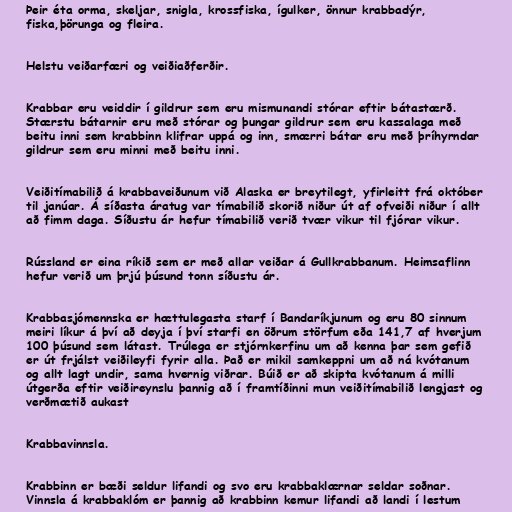
Þeir éta orma, skeljar, snigla, krossfiska, ígulker, önnur krabbadýr,
fiska,þörunga og fleira.

Helstu veiðarfæri og veiðiaðferðir.

Krabbar eru veiddir í gildrur sem eru mismunandi stórar eftir bátastærð.
Stærstu bátarnir eru með stórar og þungar gildrur sem eru kassalaga með
beitu inni sem krabbinn klifrar uppá og inn, smærri bátar eru með þríhyrndar
gildrur sem eru minni með beitu inni.

Veiðitímabilið á krabbaveiðunum við Alaska er breytilegt, yfirleitt frá október
til janúar. Á síðasta áratug var tímabilið skorið niður út af ofveiði niður í allt
að fimm daga. Síðustu ár hefur tímabilið verið tvær vikur til fjórar vikur.

Rússland er eina ríkið sem er með allar veiðar á Gullkrabbanum. Heimsaflinn
hefur verið um þrjú þúsund tonn síðustu ár.

Krabbasjómennska er hættulegasta starf í Bandaríkjunum og eru 80 sinnum
meiri líkur á því að deyja í því starfi en öðrum störfum eða 141,7 af hverjum
100 þúsund sem látast. Trúlega er stjórnkerfinu um að kenna þar sem gefið
er út frjálst veiðileyfi fyrir alla. Það er mikil samkeppni um að ná kvótanum
og allt lagt undir, sama hvernig viðrar. Búið er að skipta kvótanum á milli
útgerða eftir veiðireynslu þannig að í framtíðinni mun veiðitímabilið lengjast og
verðmætið aukast

Krabbavinnsla.

Krabbinn er bæði seldur lifandi og svo eru krabbaklærnar seldar soðnar.
Vinnsla á krabbaklóm er þannig að krabbinn kemur lifandi að landi í lestum